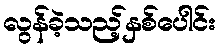
လွန်ခဲ့သည့်နှစ်ပေါင်း